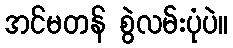
အင်မတန် စွဲလမ်းပုံပဲ။